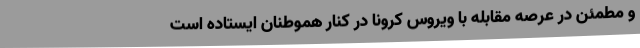
و مطمئن در عرصه مقابله با ویروس کرونا در کنار هموطنان ایستاده است